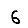
Digit: 6